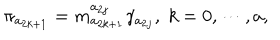
\pi _ { a _ { 2 k + 1 } } = m _ { a _ { 2 k + 1 } } ^ { a _ { 2 j } } \gamma _ { a _ { 2 j } } , \; k = 0 , \cdots , a ,